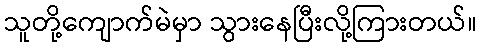
သူတို့ကျောက်မဲမှာ သွားနေပြီးလို့ကြားတယ်။